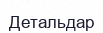
Детальдар